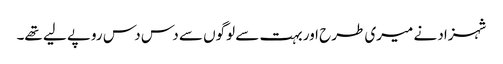
شہزاد نے میری طرح اور بہت سے لوگوں سے دس دس روپے لیے تھے۔